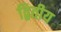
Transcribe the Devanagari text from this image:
द्बितीय